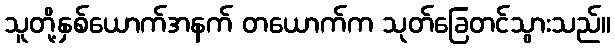
သူတို့နှစ်ယောက်အနက် တယောက်က သုတ်ခြေတင်သွားသည်။